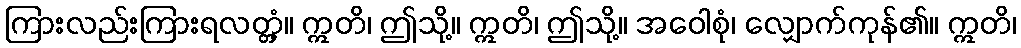
ကြားလည်းကြားရလတ္တံ့။ ဣတိ၊ ဤသို့။ ဣတိ၊ ဤသို့။ အဝေါစုံ၊ လျှောက်ကုန်၏။ ဣတိ၊